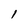
Character: 1